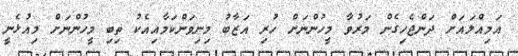
އަމިއްލައަށް ދަންޖެހިގެން މަރުވާ މީހުންނަށް ހުރި އަޒާބު މިނިވަންކަމާއިއެކު ތިބި މީހުންނަށް މިއުޅެނީ